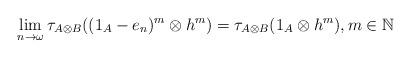
LaTeX: \begin{align*}\lim_{n\rightarrow\omega}\tau_{A\otimes B}((1_A-e_n)^m\otimes h^m)= \tau_{A\otimes B}(1_A\otimes h^m),m\in\mathbb N\end{align*}